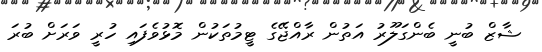
ޝާޒް ބުނީ ބެންގަލޫރު އަތުން ރާއްޖޭގެ ޓީމުތަކުން މޮޅުވެފައި ހުރީ ވަރަށް ބުރަ